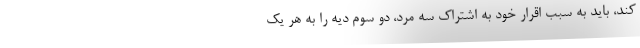
کند، باید به سبب اقرار خود به اشتراک سه مرد، دو سوم دیه را به هر یک